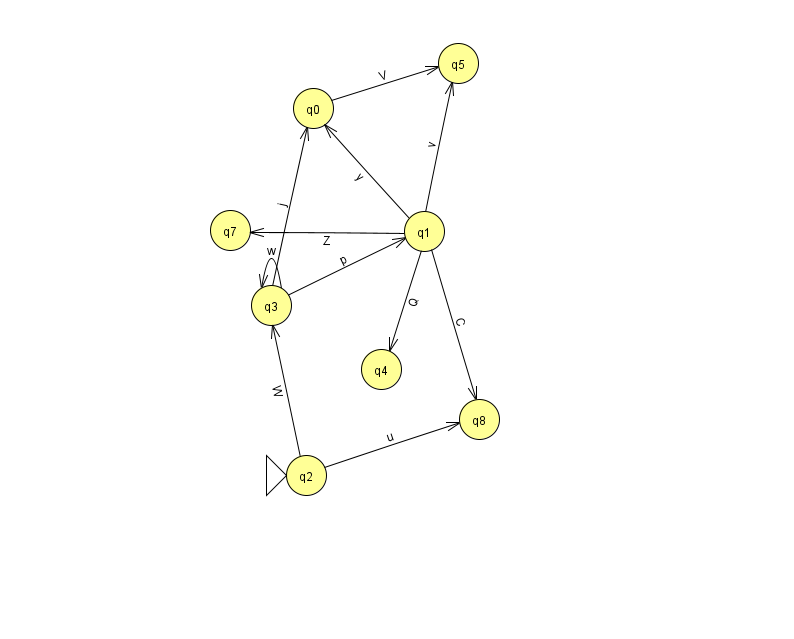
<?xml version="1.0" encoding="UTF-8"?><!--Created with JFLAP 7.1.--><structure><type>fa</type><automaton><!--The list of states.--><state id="0" name="q0"><x>313.0</x><y>95.0</y></state><state id="1" name="q1"><x>424.0</x><y>218.0</y></state><state id="2" name="q2"><x>306.0</x><y>462.0</y><initial/></state><state id="3" name="q3"><x>271.0</x><y>292.0</y></state><state id="4" name="q4"><x>381.0</x><y>356.0</y></state><state id="5" name="q5"><x>458.0</x><y>50.0</y></state><state id="7" name="q7"><x>230.0</x><y>217.0</y></state><state id="8" name="q8"><x>479.0</x><y>406.0</y></state><!--The list of transitions.--><transition><from>1</from><to>7</to><read>Z</read></transition><transition><from>1</from><to>0</to><read>y</read></transition><transition><from>1</from><to>8</to><read>C</read></transition><transition><from>3</from><to>1</to><read>p</read></transition><transition><from>1</from><to>5</to><read>v</read></transition><transition><from>3</from><to>0</to><read>j</read></transition><transition><from>3</from><to>3</to><read>w</read></transition><transition><from>1</from><to>4</to><read>Q</read></transition><transition><from>2</from><to>8</to><read>u</read></transition><transition><from>2</from><to>3</to><read>W</read></transition><transition><from>0</from><to>5</to><read>V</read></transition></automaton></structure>